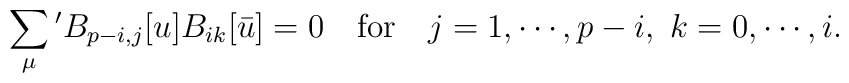
\sum_{\mu}{}' B_{p-i,j}[u]B_{ik}[\bar{u}]=0 \quad \mbox{for} \quad j=1,\cdots, p-i, \ k=0,\cdots,i.